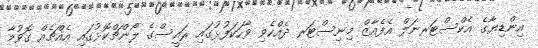
އިންޑިޔާގެ އެކްސްޓަރނަލް އެފެއާޒް މިނިސްޓަރ ދެއްކެވި ވާހަކަފުޅުގައި ރައީސްގެ ލޯންޗްކޮޅުގައި އެއްޗެއް ގޮވުމާ